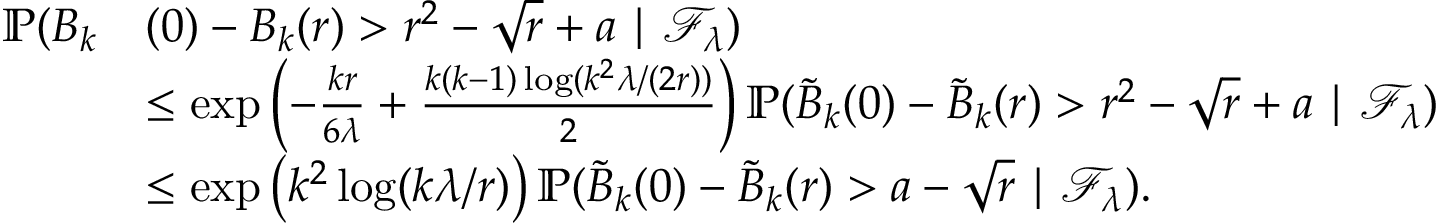
\begin{array} { r l } { \mathbb { P } ( B _ { k } } & { ( 0 ) - B _ { k } ( r ) > r ^ { 2 } - \sqrt { r } + a \mid \mathcal { F } _ { \lambda } ) } \\ & { \le \exp \left( - \frac { k r } { 6 \lambda } + \frac { k ( k - 1 ) \log ( k ^ { 2 } \lambda / ( 2 r ) ) } { 2 } \right) \mathbb { P } ( \tilde { B } _ { k } ( 0 ) - \tilde { B } _ { k } ( r ) > r ^ { 2 } - \sqrt { r } + a \mid \mathcal { F } _ { \lambda } ) } \\ & { \le \exp \left( k ^ { 2 } \log ( k \lambda / r ) \right) \mathbb { P } ( \tilde { B } _ { k } ( 0 ) - \tilde { B } _ { k } ( r ) > a - \sqrt { r } \mid \mathcal { F } _ { \lambda } ) . } \end{array}